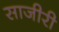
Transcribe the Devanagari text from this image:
साजीरी